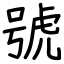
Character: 號